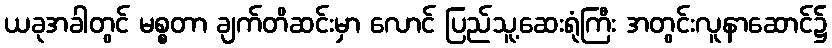
ယခုအခါတွင် မစ္စတာ ချက်တိဆင်းမှာ လောင် ပြည်သူ့ဆေးရုံကြီး အတွင်းလူနာဆောင်၌